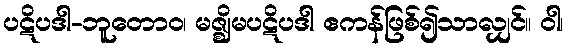
ပဋိပဒါ-ဘူတောဝ၊ မဇ္ဈိမပဋိပဒါ ဧကန်ဖြစ်၍သာလျှင်။ ဝါ၊